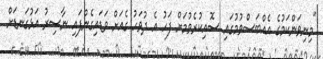
"މިނިވަންކަމުގެ އެއްބަސްވުމުގައި ސޮއިކުރެވުމަށް ފަހު އެ ދުވަހު ގެއަށް ވަޑައިގެންފައި ނާސިރު އަޅުގަނޑަށް